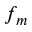
f _ { m }